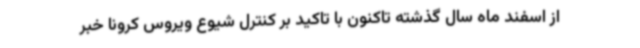
از اسفند ماه سال گذشته تاکنون با تاکید بر کنترل شیوع ویروس کرونا خبر